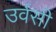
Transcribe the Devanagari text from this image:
उर्वसी